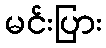
မင်းပြား